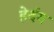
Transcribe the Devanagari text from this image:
हेर्दय